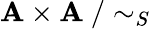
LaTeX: \mathbf{A}\times\mathbf{A}~/\sim_{S}